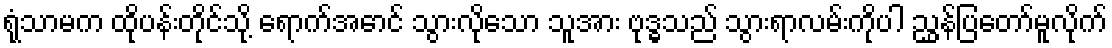
ရုံသာမက ထိုပန်းတိုင်သို့ ရောက်အောင် သွားလိုသော သူအား ဗုဒ္ဓသည် သွားရာလမ်းကိုပါ ညွှန်ပြတော်မူလိုက်